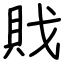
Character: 戝